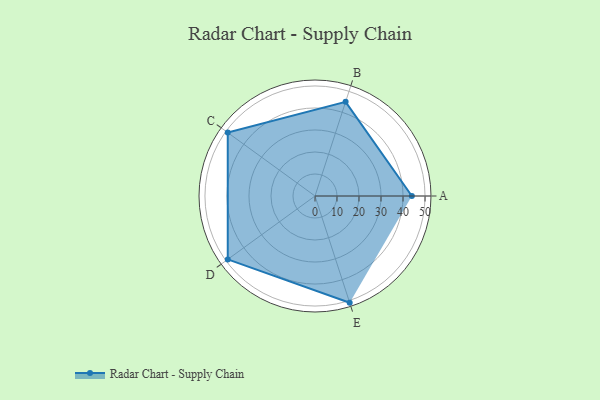
{"axis": {"x": "Skill", "y": "Score"}, "legend": ["Profile"], "data": [{"x": "A", "y": 44.0, "type": "Profile"}, {"x": "B", "y": 45.0, "type": "Profile"}, {"x": "C", "y": 49.0, "type": "Profile"}, {"x": "D", "y": 49.0, "type": "Profile"}, {"x": "E", "y": 51.0, "type": "Profile"}]}